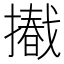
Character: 𢶩